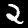
Digit: 2